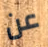
عن